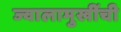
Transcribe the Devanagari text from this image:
ज्वालामुखींची